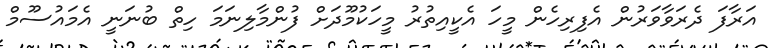
އަރާފަ ދެރަވާވަރުން އެފިރިހެން މީހަ އެކީއިތުރު މީހަކުމޫދަށް ފުންމާލިނަމަ ހިތް ބުނަނީ އެމައުސޫމް